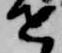
せ